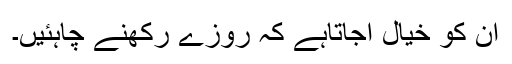
ان کو خیال آجاتاہے کہ روزے رکھنے چاہئیں۔